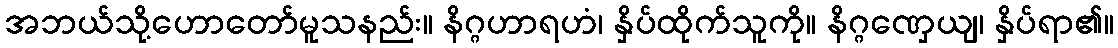
အဘယ်သို့ဟောတော်မူသနည်း။ နိဂ္ဂဟာရဟံ၊ နှိပ်ထိုက်သူကို။ နိဂ္ဂဏှေယျ၊ နှိပ်ရာ၏။